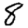
Digit: 8